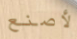
لأصنع